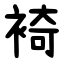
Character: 裿